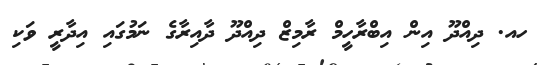
ހއ. ދިއްދޫ އިން އިބްރާހީމް ރާމިޒް ދިއްދޫ ދާއިރާގެ ނަމުގައި އިދާރީ ވަކި